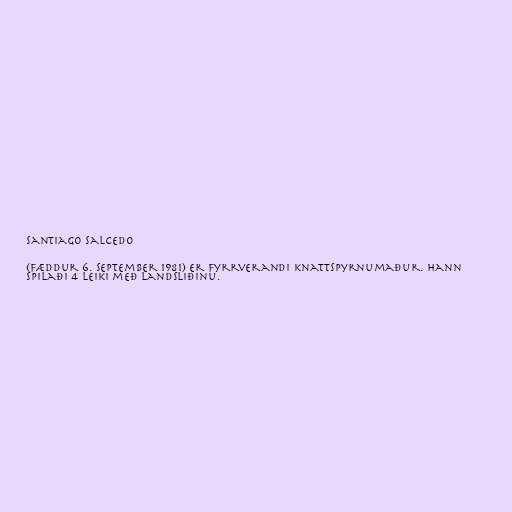
Santiago Salcedo

(fæddur 6. september 1981) er fyrrverandi knattspyrnumaður. Hann
spilaði 4 leiki með landsliðinu.